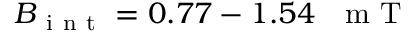
B _ { \mathrm { ~ i ~ n ~ t ~ } } = 0 . 7 7 - 1 . 5 4 \mathrm { ~ ~ ~ m ~ T ~ }